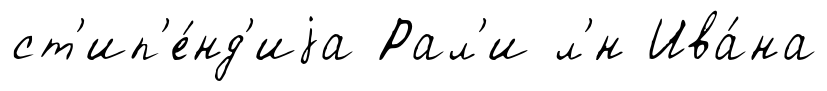
ст'ип'е́нд'иjа Рал'и л'́н Ива́на